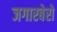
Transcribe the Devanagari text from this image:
जगारबेरो